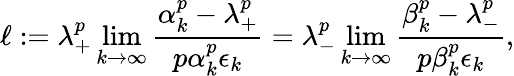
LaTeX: \ell:=\lambda_{+}^{p}\operatorname*{lim}_{k\to\infty}\frac{\alpha_{k}^{p}-\lambda_{+}^{p}}{p\alpha_{k}^{p}\epsilon_{k}}=\lambda_{-}^{p}\operatorname*{lim}_{k\to\infty}\frac{\beta_{k}^{p}-\lambda_{-}^{p}}{p\beta_{k}^{p}\epsilon_{k}},